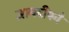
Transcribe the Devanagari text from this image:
ज्ञानदीपने